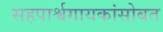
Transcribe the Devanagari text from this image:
सहपार्श्वगायकांसोबत